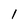
Character: l